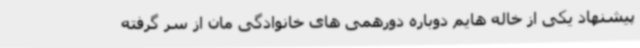
پیشنهاد یکی از خاله هایم دوباره دورهمی های خانوادگی مان از سر گرفته